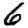
Digit: 6